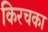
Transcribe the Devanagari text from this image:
किरचका